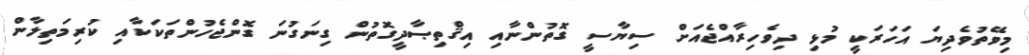
މިވޭތުވެދިޔަ އަހަރަކީ މުޅި ދިވެހިރާއްޖެއަށް ސިޔާސީ ގޮތުންނާއި އިޤްތިޞާދީގޮތުން ގިނަގުނަ ގޮންޖެހުންތަކަކާއި ކުރިމަތިލާން